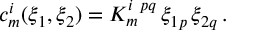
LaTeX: c _ { m } ^ { i } ( \xi _ { 1 } , \xi _ { 2 } ) = K _ { m } ^ { i ~ p q } \, \xi _ { 1 p } \, \xi _ { 2 q } \, .